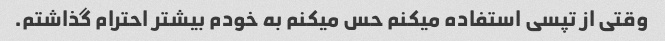
وقتی از تپسی استفاده میکنم حس میکنم به خودم بیشتر احترام گذاشتم.